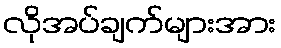
လိုအပ်ချက်များအား